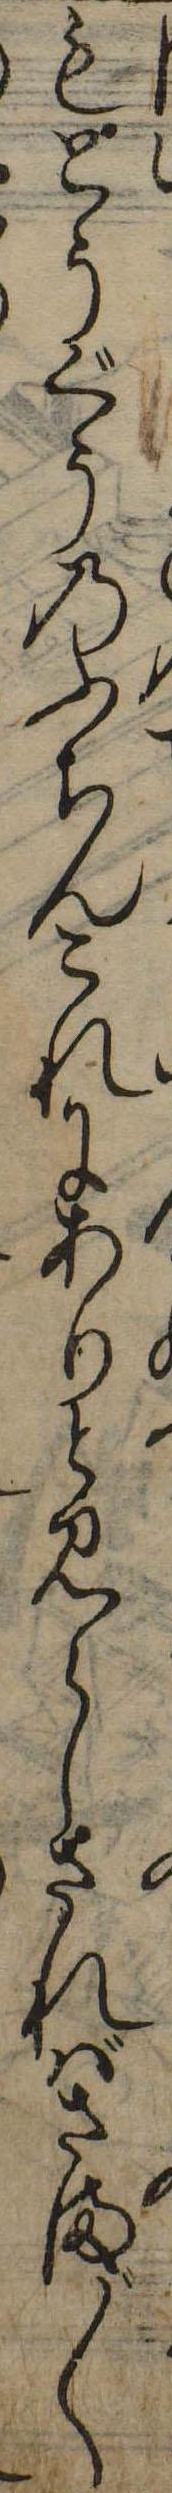
もとうぐうのふちんこれにありと見えしさればさま〲